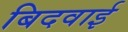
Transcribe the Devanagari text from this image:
बिदवाई